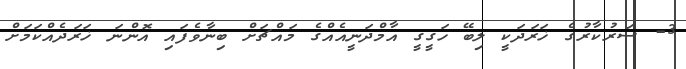
3- ސަރުކާރުގެ ޚަރަދަކީ ލިބޭ ހަގީގީ އާމްދަނީއެއްގެ މައްޗަށް ބިނާވެފައި އޮންނަ ޚަރަދެއްކަމަށް